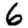
Digit: 6